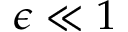
\epsilon \ll 1